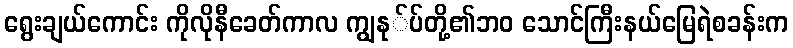
ရွေးချယ်ကောင်း ကိုလိုနီခေတ်ကာလ ကျွနု်ပ်တို့၏ဘ၀ သောင်ကြီးနယ်မြေရဲစခန်းက